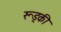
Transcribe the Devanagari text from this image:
रूड्की